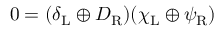
0 = ( \delta _ { \mathrm { { L } } } \oplus D _ { \mathrm { { R } } } ) ( \chi _ { \mathrm { { L } } } \oplus \psi _ { \mathrm { { R } } } )